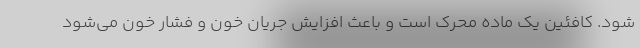
شود. کافئین یک ماده محرک است و باعث افزایش جریان خون و فشار خون می‌شود